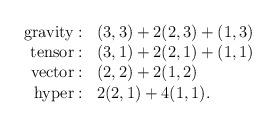
LaTeX: \begin{align*}\begin{array}{rl}{\rm gravity}: & (3,3) + 2(2,3) + (1,3) \\{\rm tensor}: & (3,1) + 2(2,1) + (1,1) \\{\rm vector}: & (2,2) + 2(1,2) \\{\rm hyper}: & 2(2,1) + 4(1,1).\end{array}\end{align*}